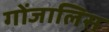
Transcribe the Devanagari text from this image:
गोंजालिस